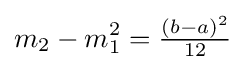
m_{2}-m_{1}^{2}={\tfrac {(b-a)^{2}}{12}}